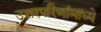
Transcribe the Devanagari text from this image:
उत्तरपरिणांमाध्ये